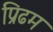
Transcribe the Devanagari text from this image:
प्रिढम